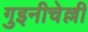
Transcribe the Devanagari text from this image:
गुइनीचेल्ली